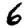
Digit: 6